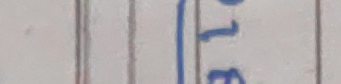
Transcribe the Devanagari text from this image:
७३८